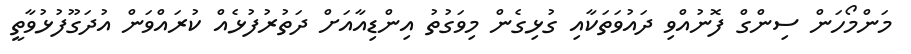
މަންމޯހަން ސިންގް ފޮނުއްވި ދައުވަތަކާއި ގުޅިގެން މިވަގުތު އިންޑިއާއަށް ދަތުރުފުޅެއް ކުރައްވަން އުދަގޫފުޅުވާތީ